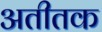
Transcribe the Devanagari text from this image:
अतीतक